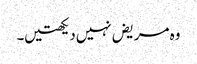
وہ مریض‌نہیں‌دیکھتیں۔